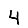
Digit: 4